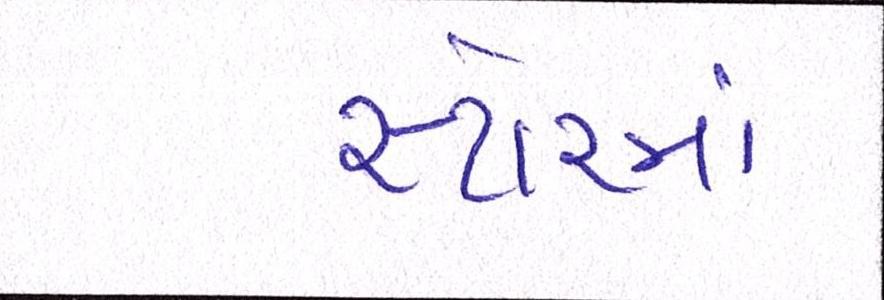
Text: સ્ટોરમાં